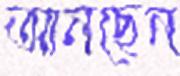
আনছেন